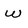
Character: w